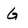
Character: G